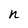
Character: n